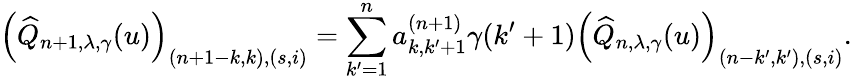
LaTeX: \left(\widehat{Q}_{n+1,\lambda,\gamma}(u)\right)_{(n+1-k,k),(s,i)}=\sum_{k^{\prime}=1}^{n}a_{k,k^{\prime}+1}^{(n+1)}\gamma(k^{\prime}+1)\left(\widehat{Q}_{n,\lambda,\gamma}(u)\right)_{(n-k^{\prime},k^{\prime}),(s,i)}.